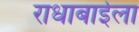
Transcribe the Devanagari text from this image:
राधाबाईला